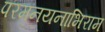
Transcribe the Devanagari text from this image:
परमनयनाभिराम